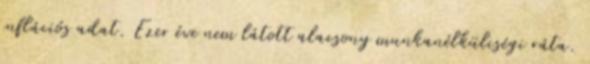
inflációs adat. Ezer éve nem látott alacsony munkanélküliségi ráta.